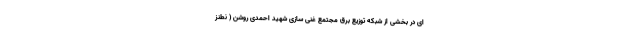
ای در بخشی از شبکه توزیع برق مجتمع غنی سازی شهید احمدی روشن ( نطنز